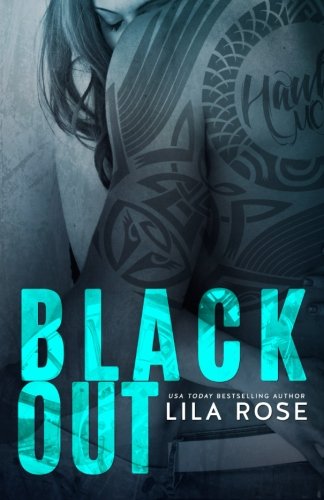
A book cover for Black Out (Hawks MC Club) (Volume 3); Lila Rose; Romance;